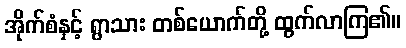
အိုက်စံနှင့် ရွာသား တစ်ယောက်တို့ ထွက်လာကြ၏။